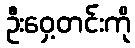
ဦးဝှေ့တင်းကို